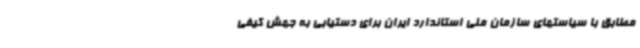
مطابق با سیاستهای سازمان ملی استاندارد ایران برای دستیابی به جهش کیفی